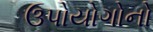
ઉપોયોગોનો